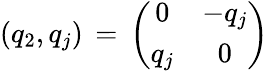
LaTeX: (q_{2},q_{j})\, =\, \left(\begin{array}{cc}{{0}}&{{-q_{j}}}\\ {{q_{j}}}&{{0}}\end{array}\right)